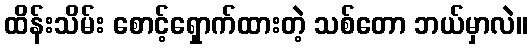
ထိန်းသိမ်း စောင့်ရှောက်ထားတဲ့ သစ်တော ဘယ်မှာလဲ။